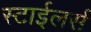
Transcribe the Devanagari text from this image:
स्टाईलर्स